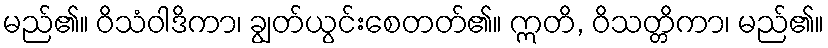
မည်၏။ ဝိသံဝါဒိကာ၊ ချွတ်ယွင်းစေတတ်၏။ ဣတိ, ဝိသတ္တိကာ၊ မည်၏။